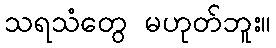
သရသံတွေ မဟုတ်ဘူး။